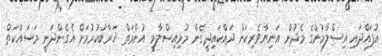
އުފައްދައި އިސްލާމުންގެ މެދުން އަނިޔާވެރިކަން ދައްކައިދީގެން މުޅިއިސްލާމީ އުންމަތް ޚަރާބުކުރުމަށް އެގެންދަނީ މަސައްކަތް